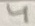
Text: 4